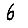
Digit: 6